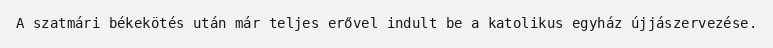
A szatmári békekötés után már teljes erővel indult be a katolikus egyház újjászervezése.